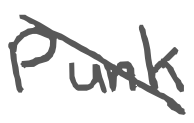
Text: Punk
Cross-out: diagonal
Writing tool: digital_gray